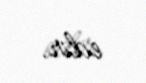
edir.